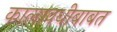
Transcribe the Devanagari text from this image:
कालावधीबाबत